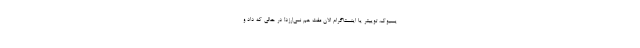
یسبوک، توییتر یا اینستاگرام الان مفت هم نمی‌ارزد! در حالی که داد و